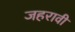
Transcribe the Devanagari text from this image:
जहरावी